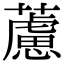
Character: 藘